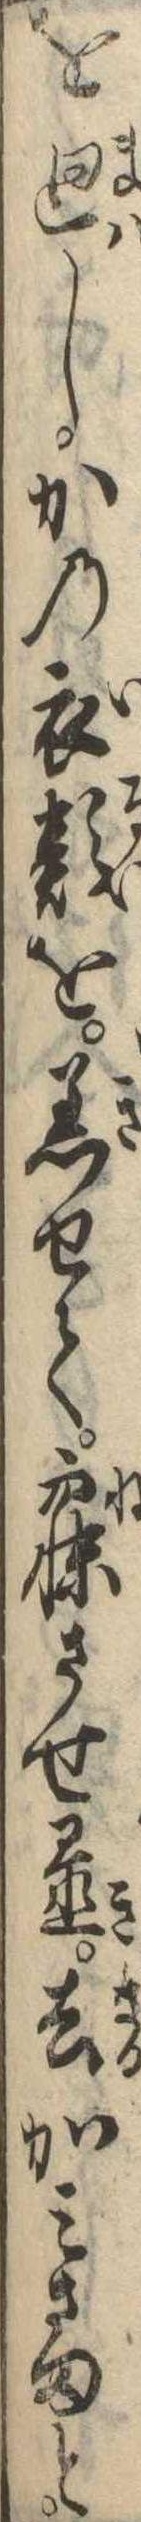
を廻しかの衣類を着せて寐させ置去かみさまと